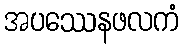
အပဿေနဖလကံ